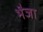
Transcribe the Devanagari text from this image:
भैजा